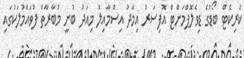
ކްރިކެޓް ބޯޑުގެ ޑިވެލޮޕްމަންޓް އޮފިސަރު އިމާދު އިސްމާއިލް މިއަދު ބުނީ މުބާރާތް ފުވައްމުލަކުގައި